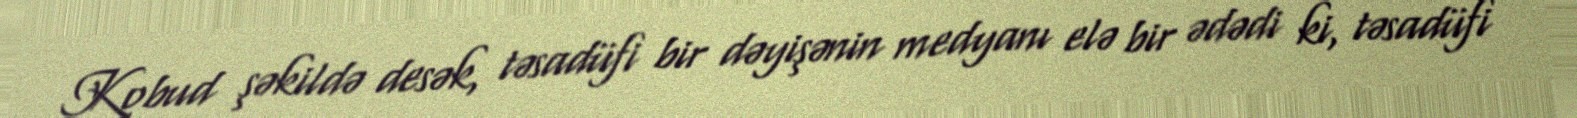
Kobud şəkildə desək, təsadüfi bir dəyişənin medyanı elə bir ədədi ki, təsadüfi